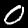
Digit: 0